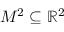
M ^ { 2 } \subseteq \mathbb { R } ^ { 2 }